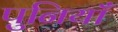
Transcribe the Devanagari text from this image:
पुनियाँ